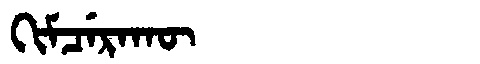
Manchu: ᡴᡳᠮᠴᡝᡵᠠᡴᡡ
Romanization: KIMCERAKŪ